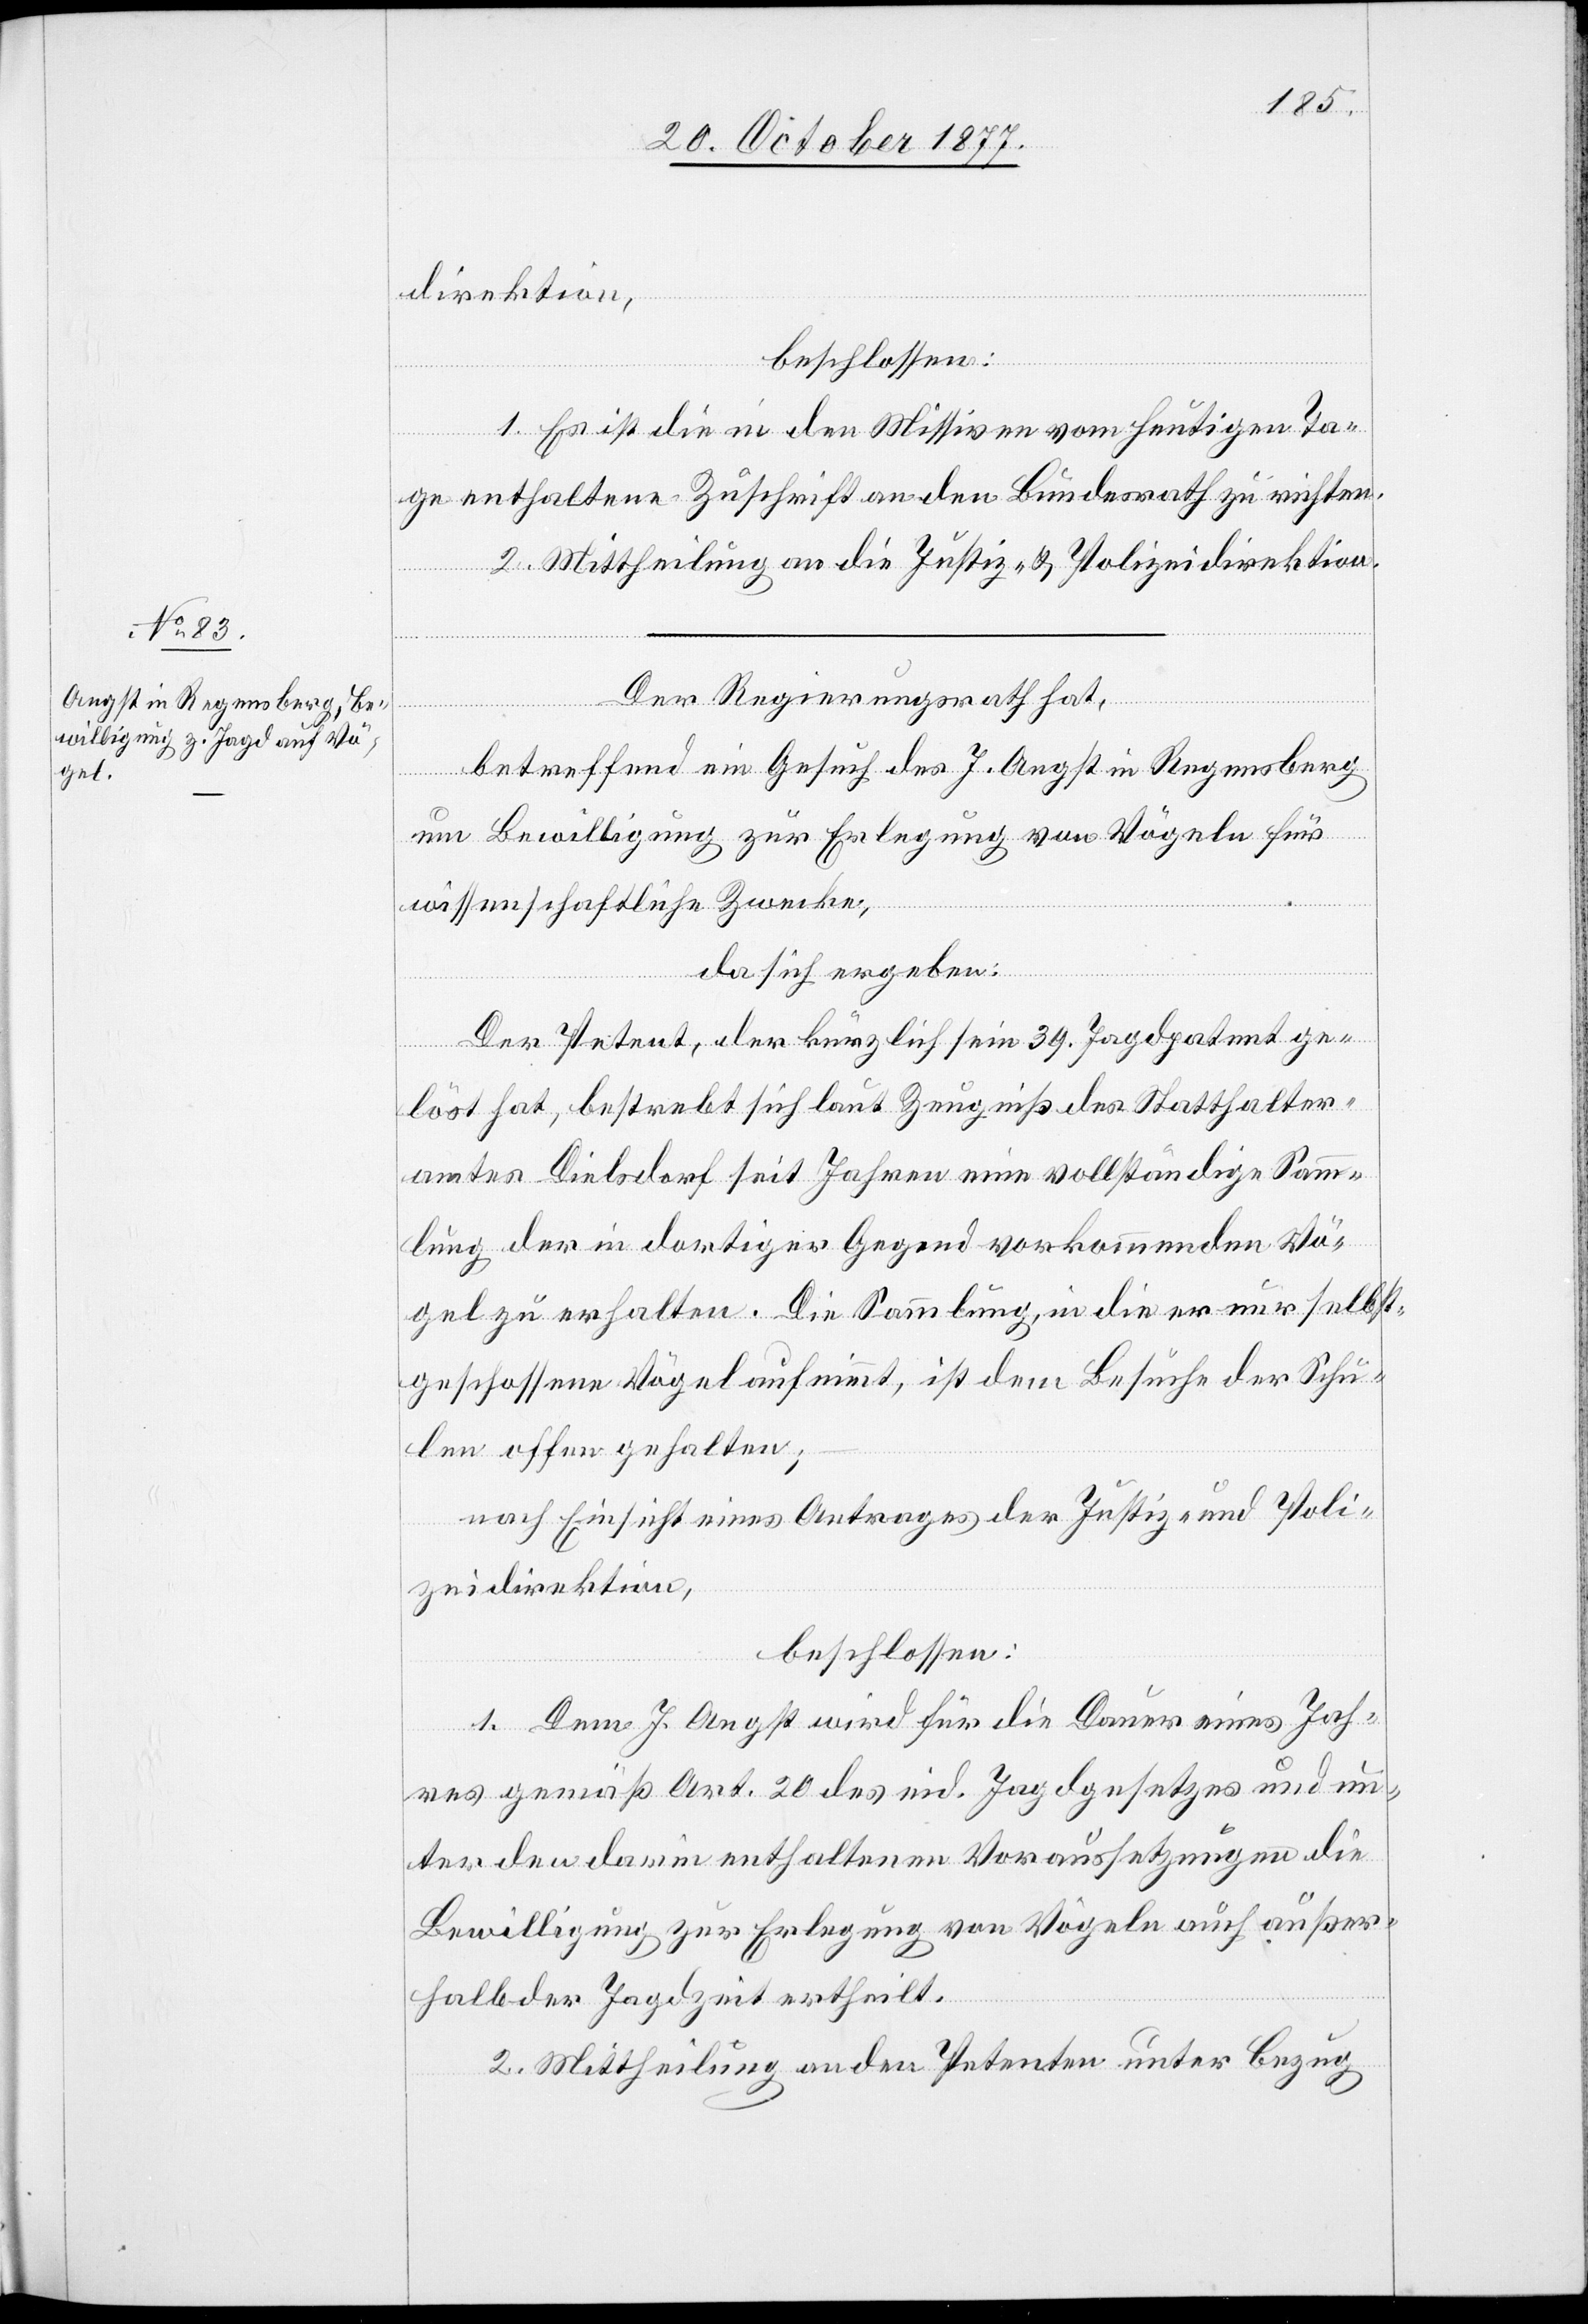
direktion,
beschlossen:
1. Es ist die in den Missiven vom heutigen Ta¬
ge enthaltene Zuschrift an den Bundesrath zu richten.
2. Mittheilung an die Justiz- & Polizeidirektion.
Der Regierungsrath hat,
betreffend ein Gesuch des J. Angst in Regensberg
um Bewilligung zur Erlegung von Vögeln für
wissenschaftliche Zwecke,
da sich ergeben:
Der Petent, der kürzlich sein 39. Jagdpatent ge¬
löst hat, bestrebt sich laut Zeugniß des Statthalter¬
amtes Dielsdorf seit Jahren eine vollständige Samm¬
lung der in dortiger Gegend vorkommenden Vö¬
gel zu erhalten. Die Sammlung, in die er nur selbst¬
geschossene Vögel aufnimmt, ist dem Besuche der Schu¬
len offen gehalten;
nach Einsicht eines Antrages der Justiz- und Poli¬
zeidirektion,
beschlossen:
1. Dem J. Angst wird für die Dauer eines Jah¬
res gemäß Art. 20 des eid. Jagdgesetzes und un¬
ter den darin enthaltenen Voraussetzungen die
Bewilligung zur Erlegung von Vögeln auch außer¬
halb der Jagdzeit ertheilt.
2. Mittheilung an den Petenten unter Bezug